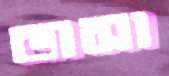
ডাসা